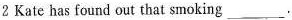
2 Kate has found out that smoking___.